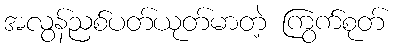
အလွန်ညစ်ပတ်ယုတ်မာတဲ့ ကြွက်စုတ်